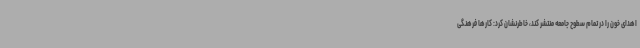
اهدای خون را در تمام سطوح جامعه منتشر کند، خاطرنشان کرد: کارها فرهنگی